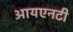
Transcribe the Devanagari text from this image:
आयएनटी